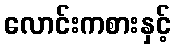
လောင်းကစားနှင့်